Annual report of the Punjab Veterinary College and of the Civil Veterinary Department, Punjab - 1920-1925
Year: 1920
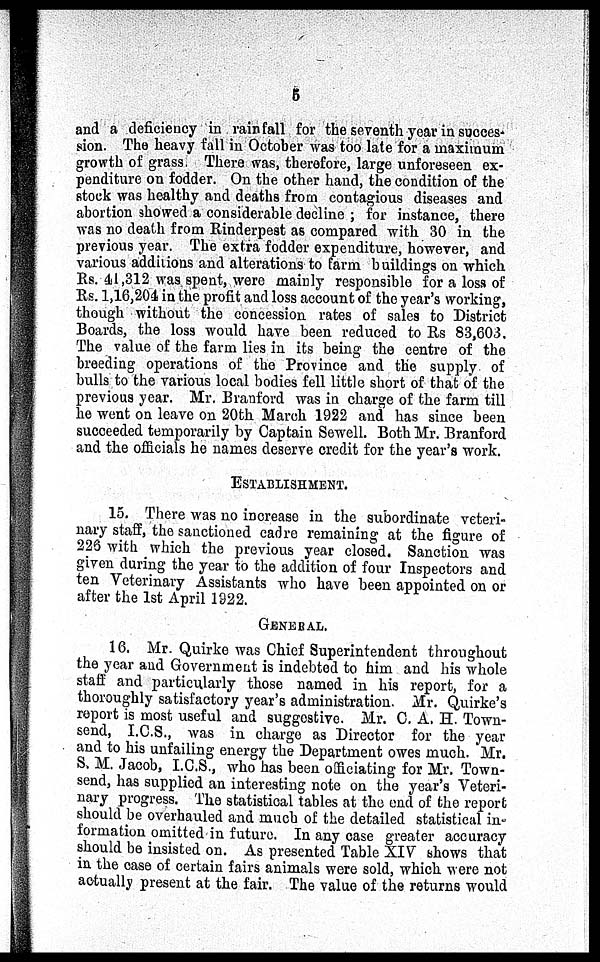
5
and a deficiency in rainfall for the seventh year in succes-
sion. The heavy fall in October was too late for a maximum
growth of grass. There was, therefore, large unforeseen ex-
penditure on fodder. On the other hand, the condition of the
stock was healthy and deaths from contagious diseases and
abortion showed a considerable decline; for instance, there
was no death from Rinderpest as compared with 30 in the
previous year. The extra fodder expenditure, however, and
various additions and alterations to farm buildings on which
Rs. 41,312 was spent, were mainly responsible for a loss of
Rs. 1,16,204 in the profit and loss account of the year's working,
though without the concession rates of sales to District
Boards, the loss would have been reduced to Rs 83,603.
The value of the farm lies in its being the centre of the
breeding operations of the Province and the supply of
bulls to the various local bodies fell little short of that of the
previous year. Mr. Branford was in charge of the farm till
he went on leave on 20th March 1922 and has since been
succeeded temporarily by Captain Sewell. Both Mr. Branford
and the officials he names deserve credit for the year's work.
ESTABLISHMENT.
15. There was no increase in the subordinate veteri-
nary staff, the sanctioned cadre remaining at the figure of
226 with which the previous year closed. Sanction was
given during the year to the addition of four Inspectors and
ten Veterinary Assistants who have been appointed on or
after the 1st April 1922.
GENERAL.
16. Mr. Quirke was Chief Superintendent throughout
the year and Government is indebted to him and his whole
staff and particularly those named in his report, for a
thoroughly satisfactory year's administration. Mr. Quirke's
report is most useful and suggestive. Mr. C. A, H. Town-
send, I.C.S., was in charge as Director for the year
and to his unfailing energy the Department owes much. Mr.
S. M. Jacob, I.C.S., who has been officiating for Mr. Town-
send, has supplied an interesting note on the year's Veteri-
nary progress. The statistical tables at the end of the report
should be overhauled and much of the detailed statistical in-
formation omitted in future. In any case greater accuracy
should be insisted on. As presented Table XIV shows that
in the case of certain fairs animals were sold, which were not
actually present at the fair. The value of the returns would